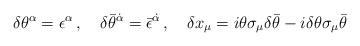
LaTeX: \begin{align*}\delta\theta^\alpha =\epsilon^\alpha \, , \quad\delta\bar\theta^{\dot\alpha} =\bar\epsilon^{\dot\alpha} \, , \quad\delta x_\mu =i\theta\sigma_\mu \delta\bar\theta-i\delta\theta\sigma_\mu \bar\theta\end{align*}